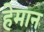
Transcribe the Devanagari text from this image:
हेमान